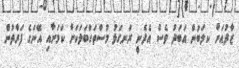
ޒާދުއަށް ކލަބުން އަބަދު ވެސް އެދެނީ ރަނގަޅު މުސްތަގްބަލަކަށް ކަމަށާއި އޭނަގެ ފަރާތުން